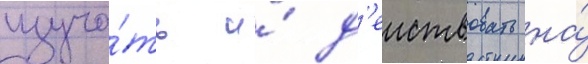
изуча́ть и́ д'еиствовать на́